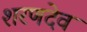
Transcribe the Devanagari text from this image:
शरणदेव